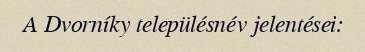
A Dvorníky településnév jelentései: